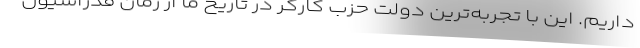
داریم. این با تجربه‌ترین دولت حزب کارگر در تاریخ ما از زمان فدراسیون